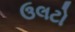
ઉલટો